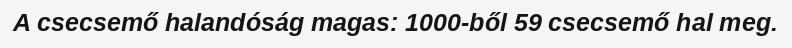
A csecsemő halandóság magas: 1000-ből 59 csecsemő hal meg.